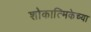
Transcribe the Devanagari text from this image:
शोकात्मिकेच्या